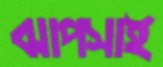
ঝাপসাই